Indian journal of veterinary science and animal husbandry - Volume 8,
Year: 1938
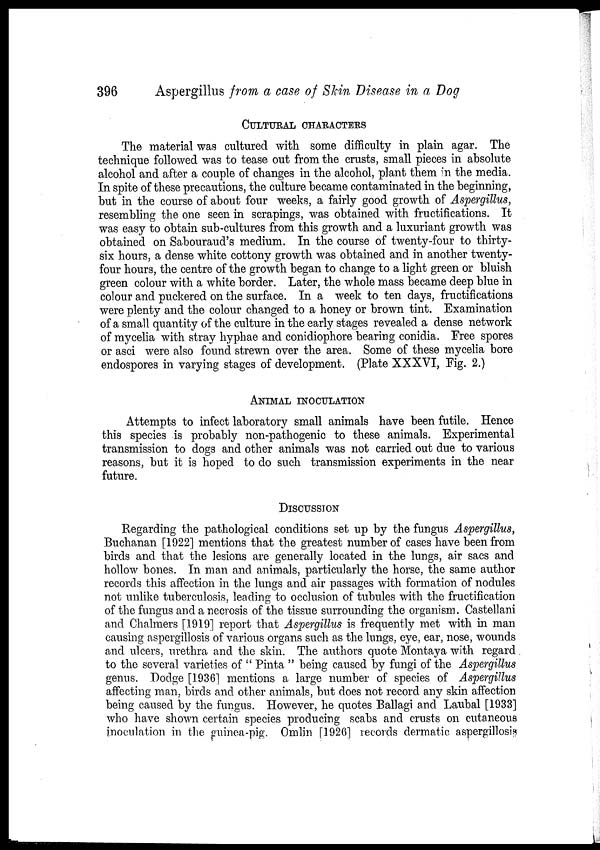
396
Aspergillus from a case of Skin Disease in a Dog
CULTURAL CHARACTERS
The material was cultured with some difficulty in plain agar. The
technique followed was to tease out from the crusts, small pieces in absolute
alcohol and after a couple of changes in the alcohol, plant them in the media.
In spite of these precautions, the culture became contaminated in the beginning,
but in the course of about four weeks, a fairly good growth of Aspergillus,
resembling the one seen in scrapings, was obtained with fructifications. It
was easy to obtain sub-cultures from this growth and a luxuriant growth was
obtained on Sabouraud's medium. In the course of twenty-four to thirty-
six hours, a dense white cottony growth was obtained and in another twenty-
four hours, the centre of the growth began to change to a light green or bluish
green colour with a white border. Later, the whole mass became deep blue in
colour and puckered on the surface. In a week to ten days, fructifications
were plenty and the colour changed to a honey or brown tint. Examination
of a small quantity of the culture in the early stages revealed a dense network
of mycelia with stray hyphae and conidiophore bearing conidia. Free spores
or asci were also found strewn over the area. Some of these mycelia bore
endospores in varying stages of development. (Plate XXXVI, Fig. 2.)
ANIMAL INOCULATION
Attempts to infect laboratory small animals have been futile. Hence
this species is probably non-pathogenic to these animals. Experimental
transmission to dogs and other animals was not carried out due to various
reasons, but it is hoped to do such transmission experiments in the near
future.
DISCUSSION
Regarding the pathological conditions set up by the fungus Aspergillus,
Buchanan [1922] mentions that the greatest number of cases have been from
birds and that the lesions are generally located in the lungs, air sacs and
hollow bones. In man and animals, particularly the horse, the same author
records this affection in the lungs and air passages with formation of nodules
not unlike tuberculosis, leading to occlusion of tubules with the fructification
of the fungus and a necrosis of the tissue surrounding the organism. Castellani
and Chalmers [1919] report that Aspergillus is frequently met with in man
causing aspergillosis of various organs such as the lungs, eye, ear, nose, wounds
and ulcers, urethra and the skin. The authors quote Montaya with regard
to the several varieties of " Pinta " being caused by fungi of the Aspergillus
genus. Dodge [1936] mentions a large number of species of Aspergillus
affecting man, birds and other animals, but does not record any skin affection
being caused by the fungus. However, he quotes Ballagi and Laubal [1933]
who have shown certain species producing scabs and crusts on cutaneous
inoculation in the guinea-pig. Omlin [1926] records dermatic aspergillosis